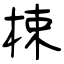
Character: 梀